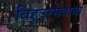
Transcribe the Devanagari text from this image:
बिहूउत्सवाचा